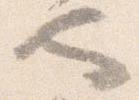
也